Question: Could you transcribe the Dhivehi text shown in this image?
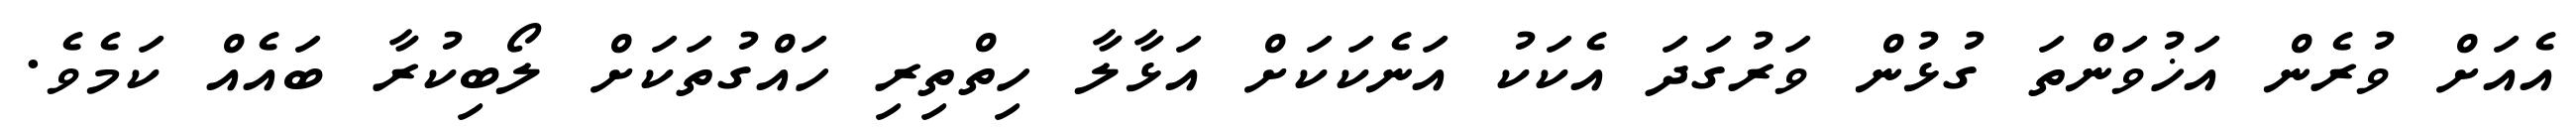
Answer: އެއަށް ވުރެން އަޚުވަންތަ ގުޅުން ވަރުގަދަ އެކަކު އަނެކަކަށް އަޅާލާ ހިތްތިރި ހައްގުތަކަށް ލޯބިކުރާ ބައެއް ކަމެވެ.